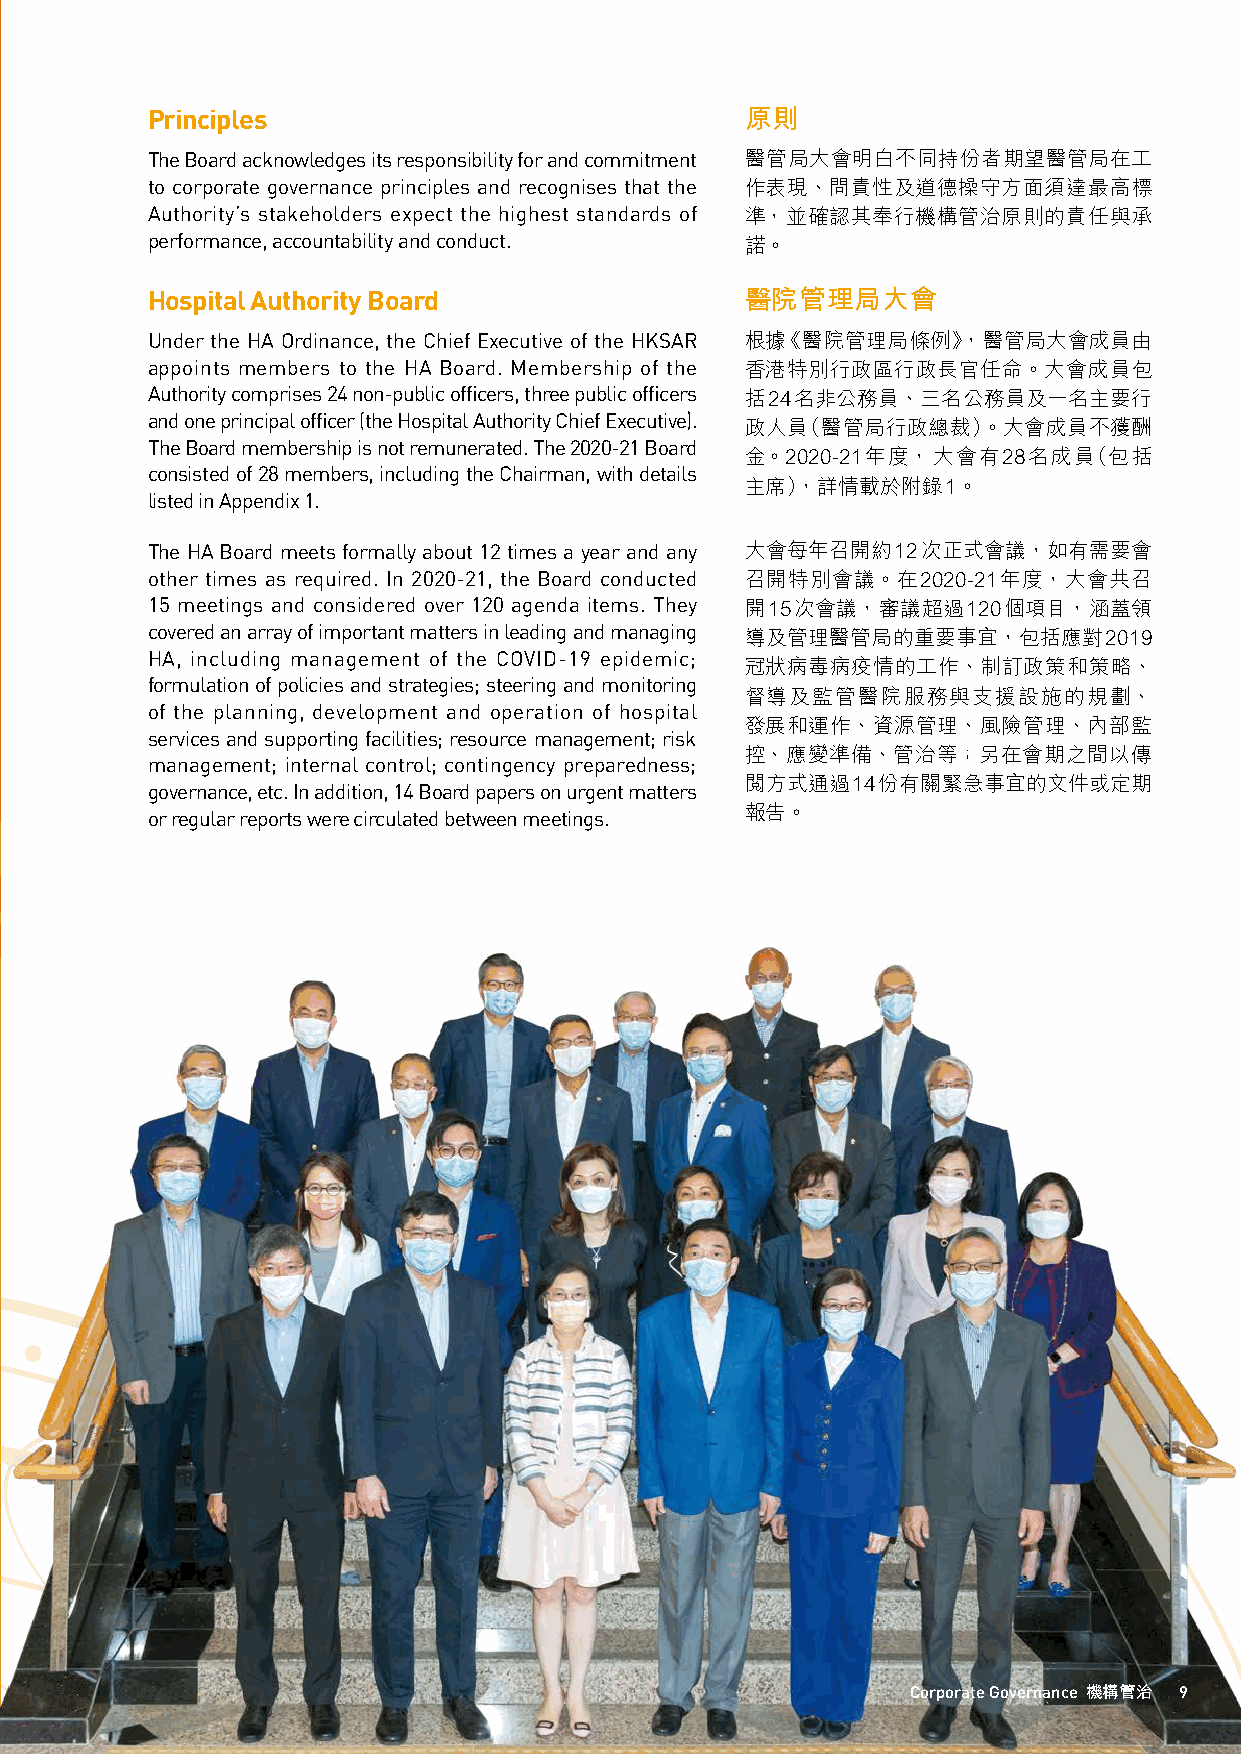
Principles                             原則
 The Board acknowledges its responsibility for and commitment 醫管局大會明白不同持份者期望醫管局在工
 to corporate governance principles and recognises that the 作表現、問責性及道德操守方面須達最高標
 Authority’s stakeholders expect the highest standards of 準，並確認其奉行機構管治原則的責任與承
 performance, accountability and conduct. 諾。
 Hospital Authority Board               醫院管理局大會
 Under the HA Ordinance, the Chief Executive of the HKSAR 根據《醫院管理局條例》，醫管局大會成員由
 appoints members to the HA Board. Membership of the 香港特別行政區行政長官任命。大會成員包
 Authority comprises 24 non-public officers, three public officers 括24名非公務員、三名公務員及一名主要行
 and one principal officer (the Hospital Authority Chief Executive).
 政人員（醫管局行政總裁）。大會成員不獲酬
 The Board membership is not remunerated. The 2020-21 Board
 金。2020-21年度，大會有28名成員（包括
 consisted of 28 members, including the Chairman, with details
 主席），詳情載於附錄1。
 listed in Appendix 1.
 The HA Board meets formally about 12 times a year and any 大會每年召開約12次正式會議，如有需要會
 other times as required. In 2020-21, the Board conducted 召開特別會議。在2020-21年度，大會共召
 15 meetings and considered over 120 agenda items. They 開15次會議，審議超過120個項目，涵蓋領
 covered an array of important matters in leading and managing
 導及管理醫管局的重要事宜，包括應對2019
 HA, including management of the COVID-19 epidemic;
 冠狀病毒病疫情的工作、制訂政策和策略、
 formulation of policies and strategies; steering and monitoring
 督導及監管醫院服務與支援設施的規劃、
 of the planning, development and operation of hospital
 發展和運作、資源管理、風險管理、內部監
 services and supporting facilities; resource management; risk
 控、應變準備、管治等；另在會期之間以傳
 management; internal control; contingency preparedness;
 閱方式通過14份有關緊急事宜的文件或定期
 governance, etc. In addition, 14 Board papers on urgent matters
 or regular reports were circulated between meetings. 報告。
 Corporate Governance 機構管治 9